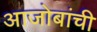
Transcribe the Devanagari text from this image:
आजोबांची